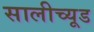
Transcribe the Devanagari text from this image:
सालीच्यूड